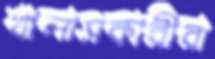
খালাসকারীরা